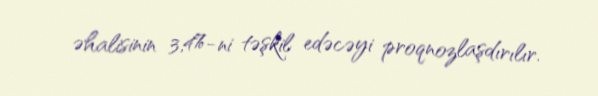
əhalisinin 3,4%-ni təşkil edəcəyi proqnozlaşdırılır.